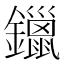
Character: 鑞